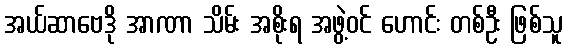
အယ်ဆာဗေဒို အာဏာ သိမ်း အစိုးရ အဖွဲ့ဝင် ဟောင်း တစ်ဦး ဖြစ်သူ